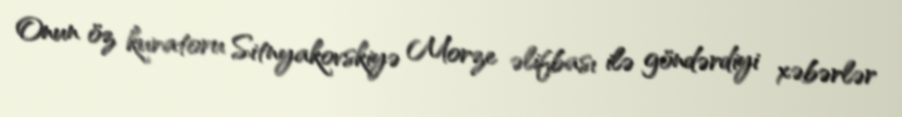
Onun öz kuratoru Sitnyakovskiyə Morze əlifbası ilə göndərdiyi xəbərlər